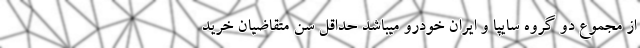
از مجموع دو گروه سايپا و ايران خودرو ميباشد حداقل سن متقاضيان خريد